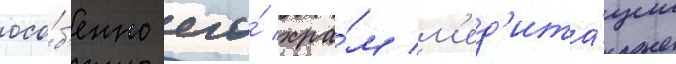
осо́б'енно его́ хра́м м'ед'ита́ции